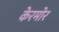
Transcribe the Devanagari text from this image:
केरमोर